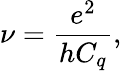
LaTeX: \nu=\frac{e^{2}}{hC_{q}},